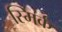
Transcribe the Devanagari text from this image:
स्मिर्क